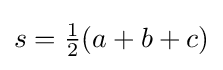
{\textstyle s={\tfrac {1}{2}}(a+b+c)}